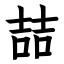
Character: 喆